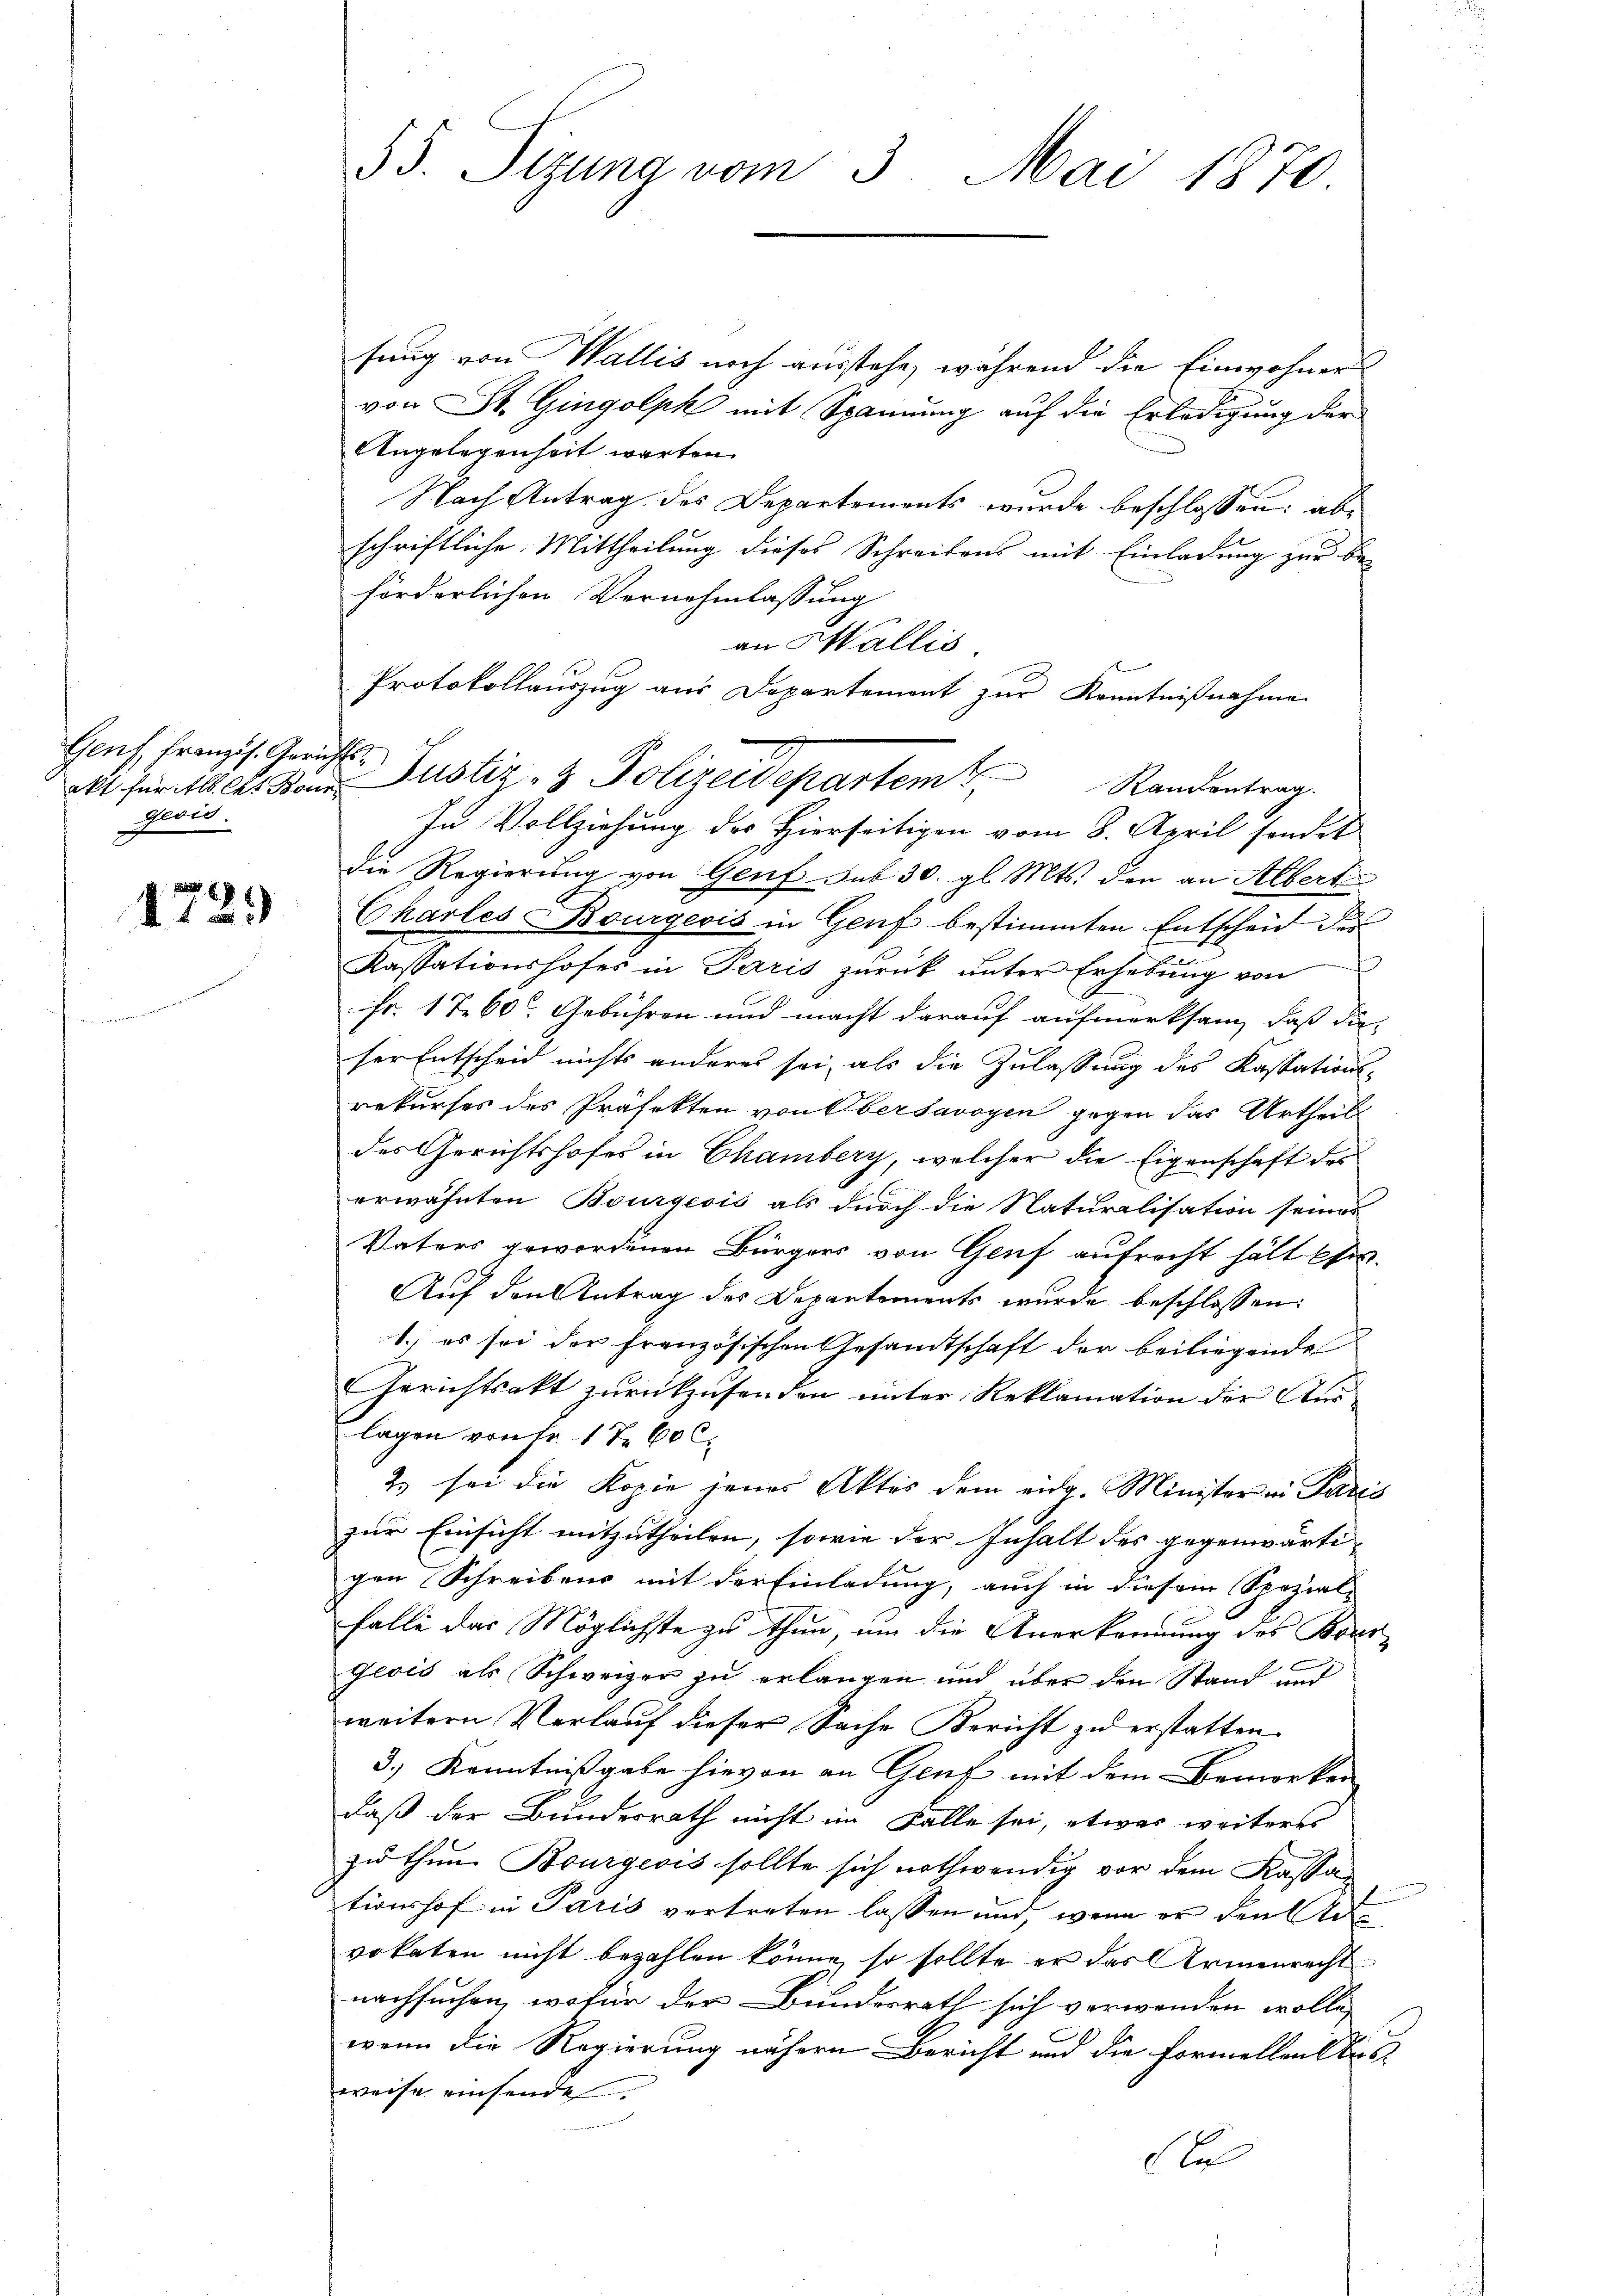
Genf, Französ. Gerichtsglais.

1729

53. Sizung vom 3. Mai 1870.

sung von Wallis noch ausstehe, während die Einwohners
von St. Gingolpk mit Spannung auf die Erledigung der
Angelegenheit warten.
Nach Antrag des Departements wurde beschlossen: abschriftliche Mittheilung dieses Schreibens mit Einladung zur Be-
förderlichen Vernehmlassung
an Wallis.
In Vollziehung der Hierseitigen vom 8. April sendet
die Regierung von Genf sub 30. gl. Mts. den an Albert
Charles Bourgeois in Genf bestimmten Entscheid des
Kassationshofes in Paris zŭrück ŭnter Erhebŭng von
fr. 1760. Gebühren und macht darauf aufmerksam, daß die
ser Entscheid nichts anderes sei, als die Zulassung des Kassationsrekurses des Präfekten von Obersavoyen gegen das Urtheil
des Gerichtshofes in Chamberg, welcher die Eigenschaft des
erwähnten Bourgeois als durch die Naturalisation seines
Vaters gewordenen Bürgers von Genf aufrecht hält ein-
Auf den Antrag des Departements wurde beschlossen:
1.) es sei der französischen Gesamtschaft der beiliegende
Gerichtsakt zurückzusenden unter Reklamation der Aus
lagen von Fr. 17. 60 l.
2) sei die Kopie jenes Aktes dem eidg. Minister in Paris
zur Einsicht mitzutheilen, sowie der Inhalt des gegenwärti- |
gen Schreibens mit der Einladung, auch in diesem Spezial-
falle das Möglichste zu thun, um die Anerkennung des Bour-
geois als Schweizer zu erlangen und über den Stand und
weitern Verlauf dieser Sache Bericht zu erstatten.
3.) Kenntnißgabe hievon an Genf mit dem Bemerken
daß der Bundesrath nicht im Falle sei, etwas weiteres
zu thun Bourgeois sollte sich nothwendig vor dem Kassationshof in Paris vertreten lassen und, wenn er den Advokaten nicht bezahlen könne, so sollte er das Armenrecht
nachsuchen, wofür der Bundesrath sich verwenden wolle,
wenn die Regierung nähern Bericht und die Formellenstub
weise einsende.
d

Protokollauszug aus Departement zur Kenntnißnahme
akt für Als les Bon Justiz- & Polizeidepartem Randentrag.